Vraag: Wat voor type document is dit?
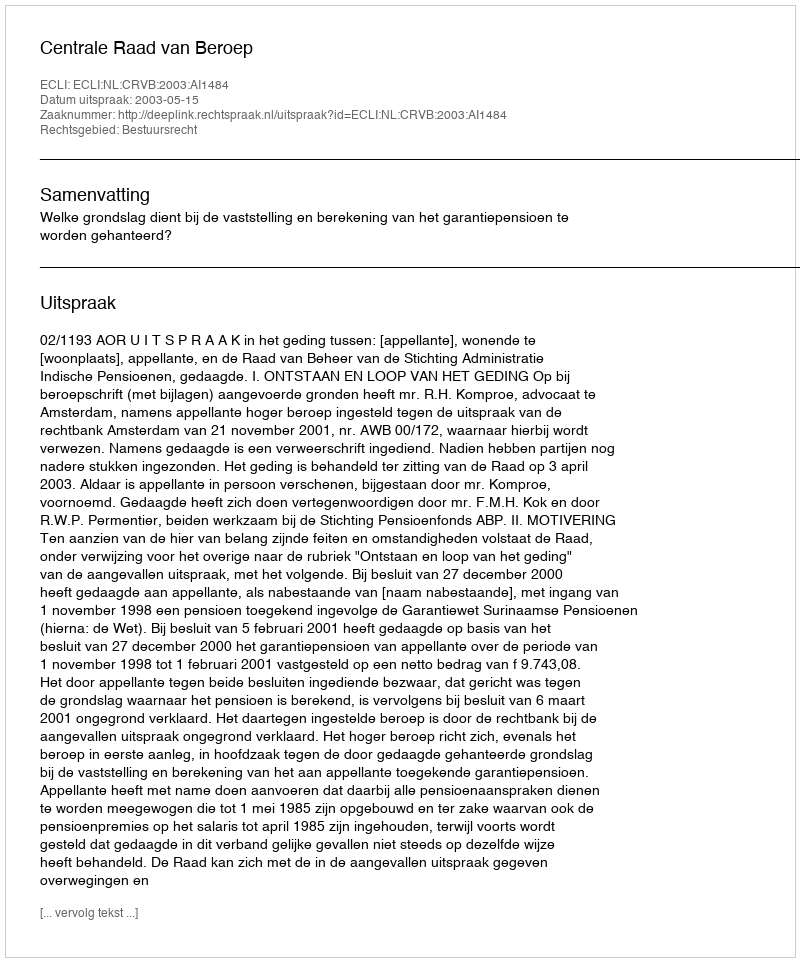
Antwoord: Uitspraak